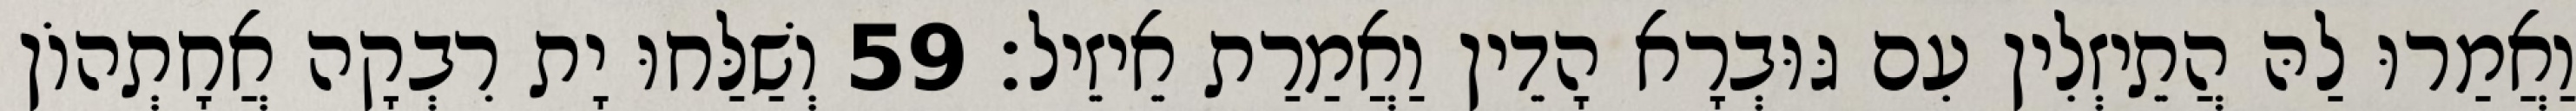
וַאֲמַרוּ לַהּ הֲתֵיזְלִין עִם גּוּבְרָא הָדֵין וַאֲמַרַת אֵיזֵיל׃ 59 וְשַׁלַּחוּ יָת רִבְקָה אֲחָתְהוֹן